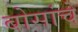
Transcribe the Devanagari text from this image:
बोसांचे